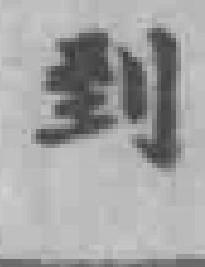
到